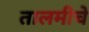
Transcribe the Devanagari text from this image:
तालमीचे